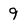
Character: 9